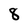
Character: 8